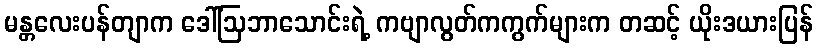
မန္တလေးပန်တျာက ဒေါ်ဩဘာသောင်းရဲ့ ကဗျာလွတ်ကကွက်များက တဆင့် ယိုးဒယားပြန်